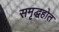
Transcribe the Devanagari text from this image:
समृद्धहोत